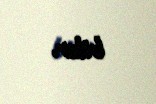
bilər.